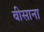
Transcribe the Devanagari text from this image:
बीसाना